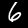
Label: 6